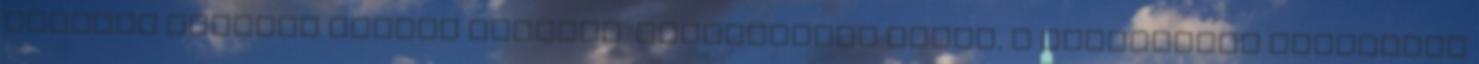
példája alapján Jézust követik. Közösségben élnek, a nevelésnek szentelik